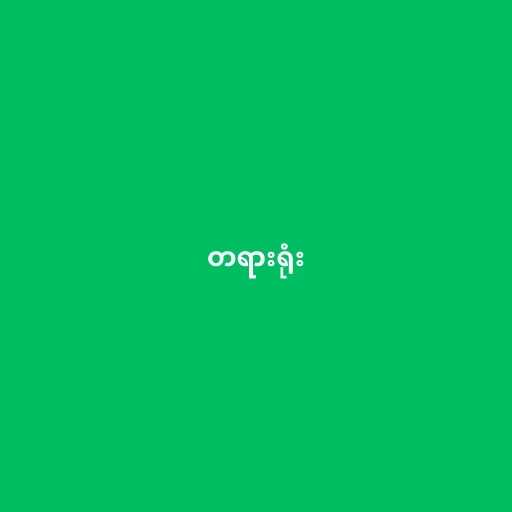
တရားရုံး